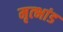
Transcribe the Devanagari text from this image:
मृत्भांड